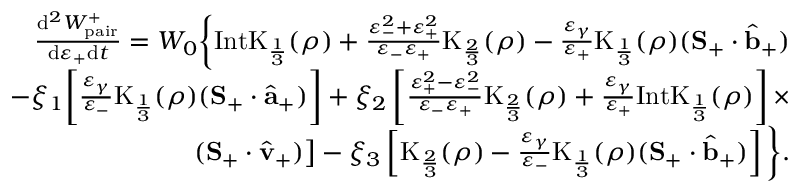
\begin{array} { r l r } & { } & { \frac { \mathrm { d } ^ { 2 } W _ { \mathrm { p a i r } } ^ { + } } { \mathrm { d } \varepsilon _ { + } \mathrm { d } t } = W _ { 0 } \bigg \{ \mathrm { I n t K } _ { \frac { 1 } { 3 } } ( \rho ) + \frac { \varepsilon _ { - } ^ { 2 } + \varepsilon _ { + } ^ { 2 } } { \varepsilon _ { - } \varepsilon _ { + } } \mathrm { K } _ { \frac { 2 } { 3 } } ( \rho ) - \frac { \varepsilon _ { \gamma } } { \varepsilon _ { + } } \mathrm { K } _ { \frac { 1 } { 3 } } ( \rho ) ( { \bf S } _ { + } \cdot \hat { { \bf b } } _ { + } ) } \\ & { } & { - \xi _ { 1 } \bigg [ \frac { \varepsilon _ { \gamma } } { \varepsilon _ { - } } \mathrm { K } _ { \frac { 1 } { 3 } } ( \rho ) ( { \bf S } _ { + } \cdot \hat { { \bf a } } _ { + } ) \bigg ] + \xi _ { 2 } \left[ \frac { \varepsilon _ { + } ^ { 2 } - \varepsilon _ { - } ^ { 2 } } { \varepsilon _ { - } \varepsilon _ { + } } \mathrm { K } _ { \frac { 2 } { 3 } } ( \rho ) + \frac { \varepsilon _ { \gamma } } { \varepsilon _ { + } } \mathrm { I n t K } _ { \frac { 1 } { 3 } } ( \rho ) \right] \times } \\ & { } & { \left. ( { \bf S } _ { + } \cdot \hat { \bf v } _ { + } ) \right] - \xi _ { 3 } \left[ \mathrm { K } _ { \frac { 2 } { 3 } } ( \rho ) - \frac { \varepsilon _ { \gamma } } { \varepsilon _ { - } } \mathrm { K } _ { \frac { 1 } { 3 } } ( \rho ) ( { \bf S } _ { + } \cdot \hat { { \bf b } } _ { + } ) \right] \bigg \} . } \end{array}